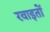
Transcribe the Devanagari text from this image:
रवाइतों